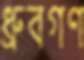
ধ্রুবগণ